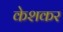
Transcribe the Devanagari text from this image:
केशकर